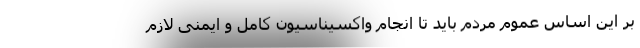
بر این اساس عموم مردم باید تا انجام واکسیناسیون کامل و ایمنی لازم